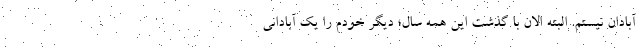
آبادان نیستم. البته الان با گذشت این همه سال؛ دیگر خودم را یک آبادانی